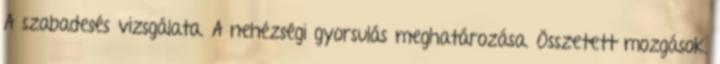
A szabadesés vizsgálata. A nehézségi gyorsulás meghatározása. Összetett mozgások.